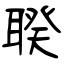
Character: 聧